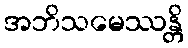
အဘိသမေဿန္တိ